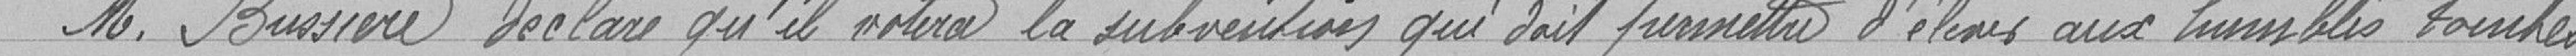
Monsieur Bussière déclare qu'il votera la subvention qui doit permettre d'élever aux humbles touchés